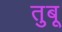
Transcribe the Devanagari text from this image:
तुबू